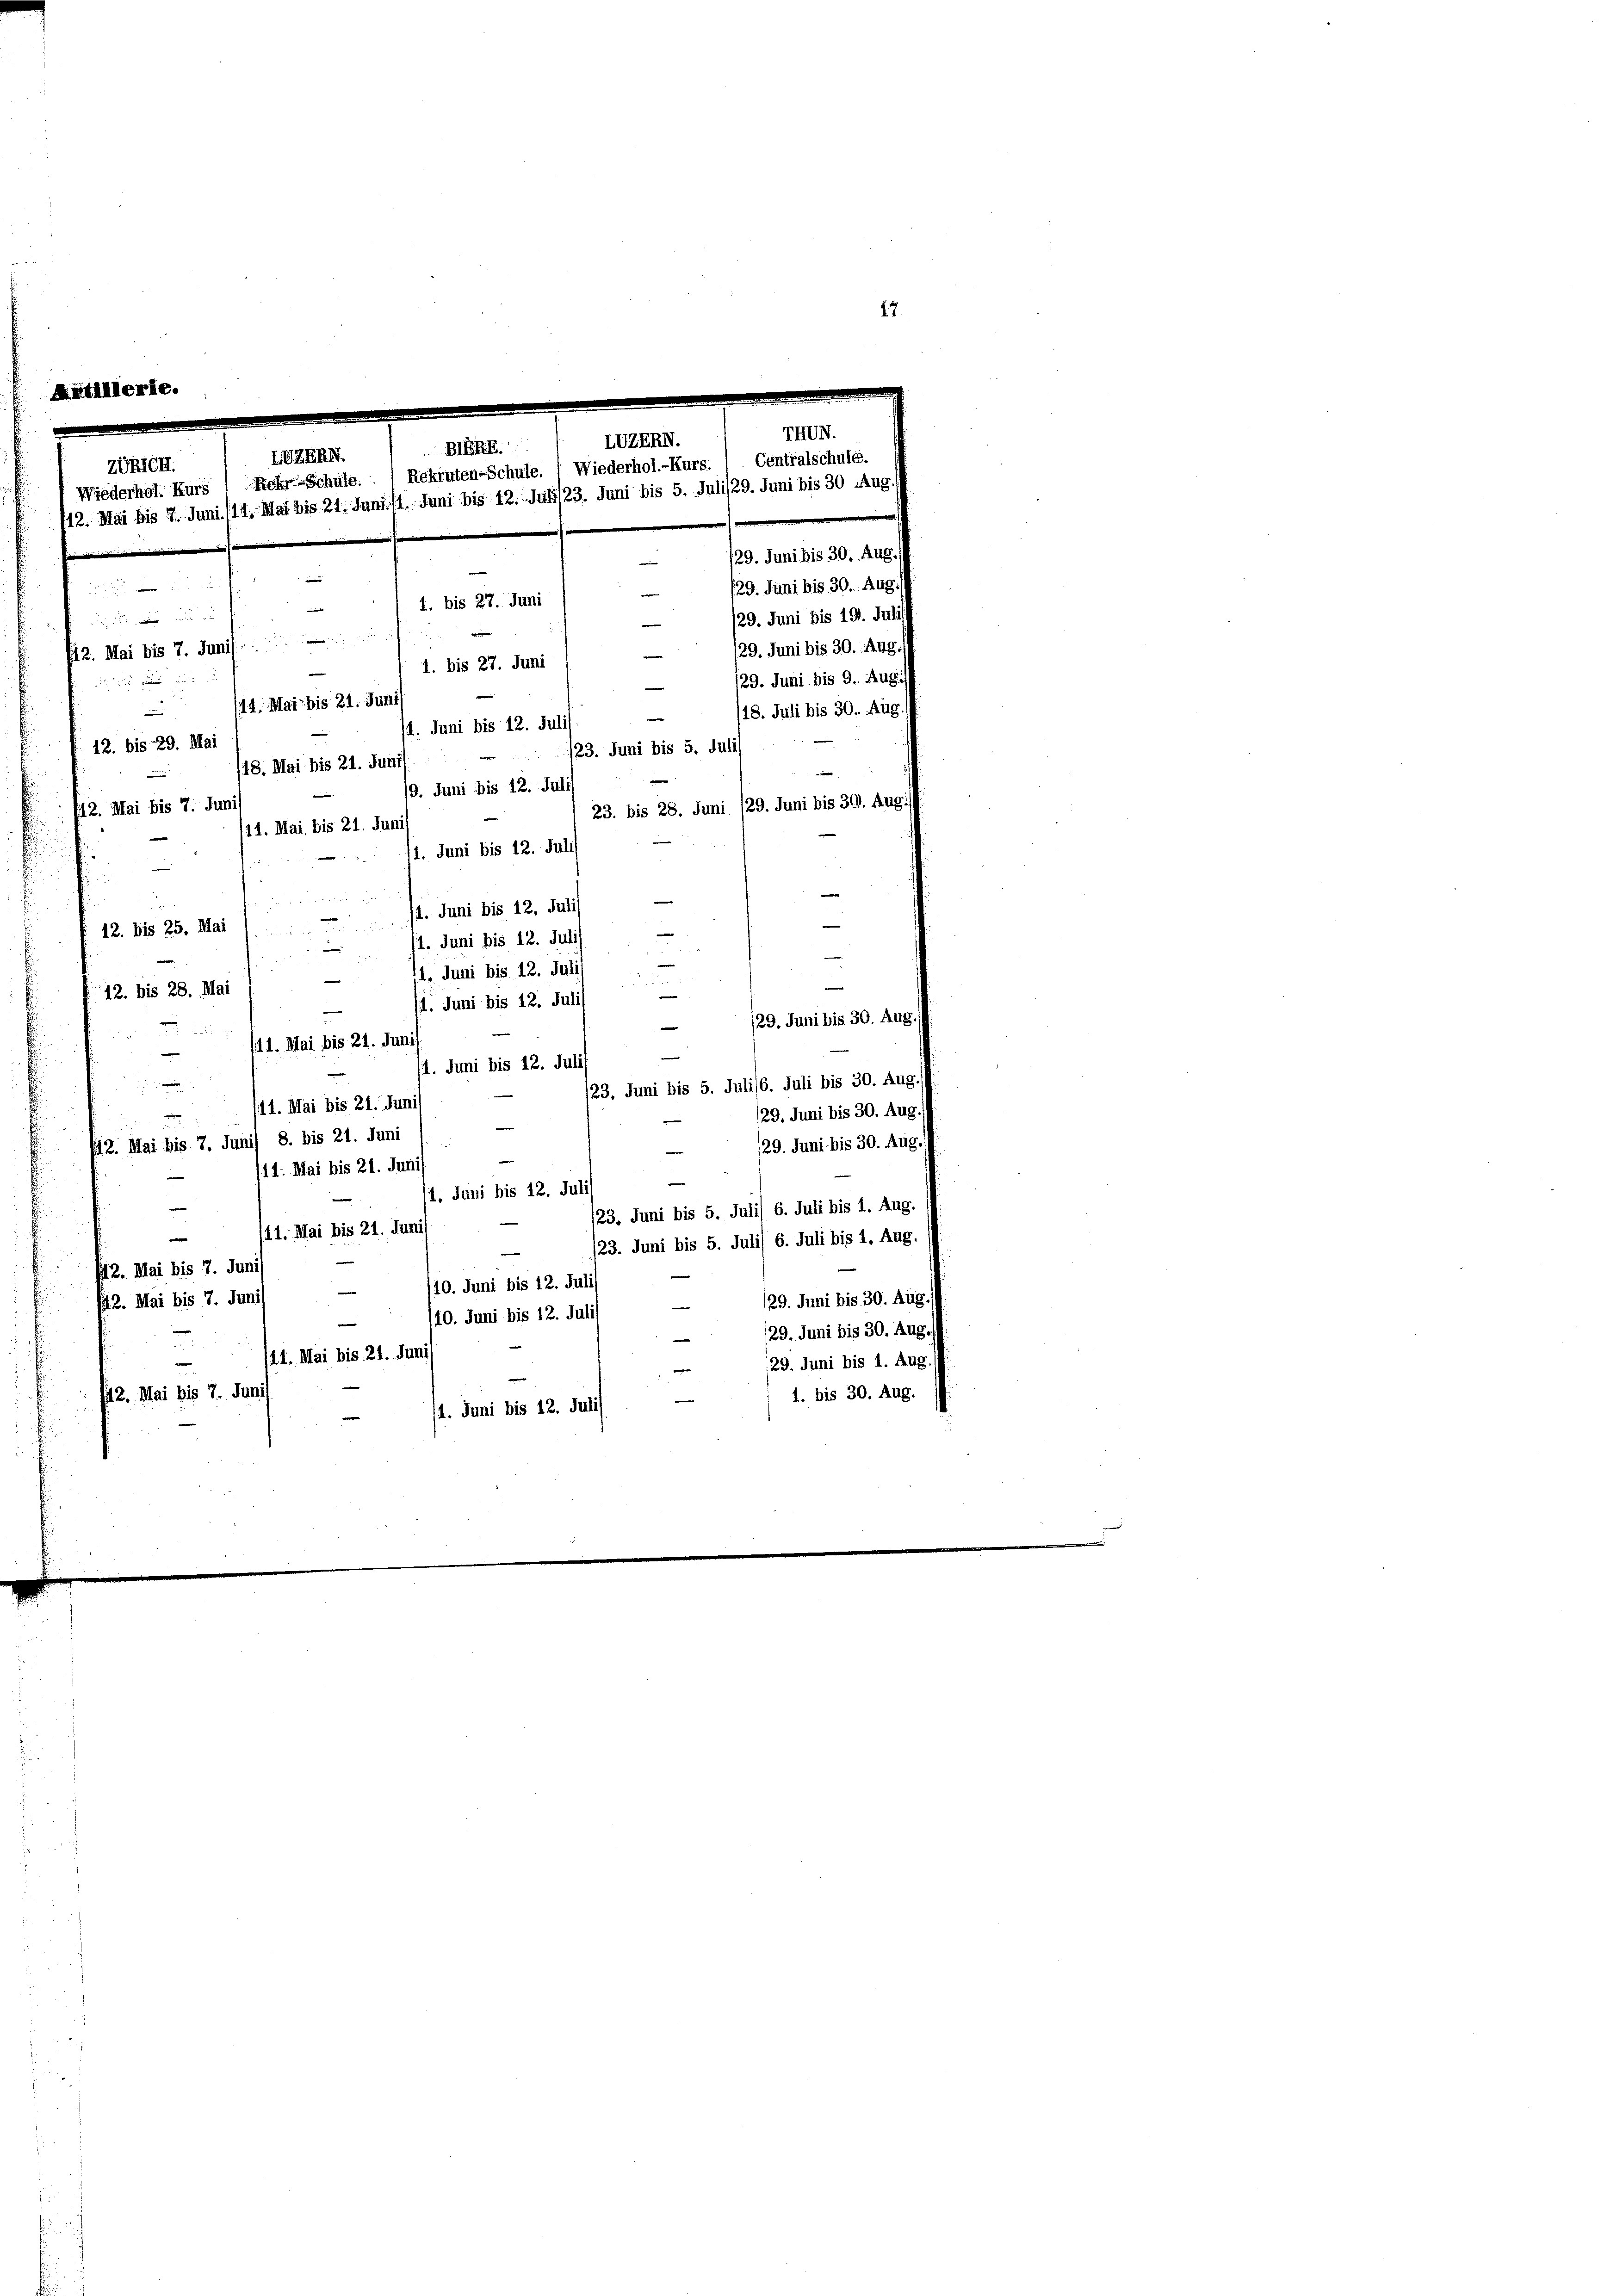
Artilleri

17.

IHUN.
ZUZERN.
BERK
LEZERB.
Zürich.
Wiederhol. Kurs 1 Rekr-Schule.  Rekruten-Schule. ( Wiederhol.-Kurs. / Centralschule.
12. Mai bis 7. Juni /14. Mai bis 21. Juni. 11. Juni bis 12. Juli/23. Juni bis 5. Juli/29. Juni bis 30 Aug.

129. Juni bis 30. Aug.
129. Juni bis 30. Aug.

1. bis 27. Juni

/29. Juni bis 19. Juli
f12. Mai bis 7. Junis
129. Juni bis 30. Aug.
1. bis 27. Juni
129. Juni bis 9. Aug.

/14. Mai bis 21. Juni
18. Juli bis 30. Aug.
.
4. Juni bis 12. Juli)
e
12. bis 29. Mai
/23. Juni bis 5. Julis
13. Mai bis 21. Juni
e
19. Juni bis 12. Juli)
n
23. bis 28. Juni /29. Juni bis 30. Aug./
f12. Mai bis 7. Juni
11. Mai bis 21. Juni
1. Juni bis 12. Juli
e

/4. Juni bis 12. Juli
e
e
12. bis 25. Mai
1. Juni bis 12. Juli
—
11. Juni bis 12. Juli
e
12. bis 28. Mai
/4. Juni bis 12. Juli
129. Juni bis 30. Aug.
 dur
(it 1. Mai bis 21. Juni
.
1. Juni bis 12. Juli
.
/23. Juni bis 5. Juli/6. Juli bis 30. Aug.
11. Mai bis 21. Juni
129. Juni bis 30. Aug.
i
2. Mai bis 7. Junil 8. bis 21. Juni
129. Juni bis 30. Aug. /
14. Mai bis 21. Junis
e
1. Juni bis 12. Jul
/23. Juni bis 5. Julil 6. Juli bis 1. Aug.
11. Mai bis 21. Juni
e
/23. Juni bis 5. Juli) 6. Juli bis 1. Aug.
f12. Mai bis 7. Juni
|
10. Juni bis 12. Julis
29. Juni bis 30. Aug.
42. Mai bis 7. Juni
10. Juni bis 12. Juli
129. Juni bis 30. Aug.
/21. Mai bis 21. Juni
29. Juni bis 1. Aug.
42. Mai bis 7. Junis
1. bis 30. Aug.
/4. Juni bis 12. Juli)